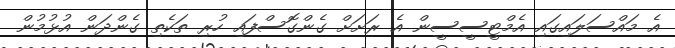
އެ މައްސަލައިގައި އެމްޓީސީސީން އެ ރަށަށް ގެންގޮސްފައި ހުރި ތަކެތި ގެންދަން އުޅުމުން